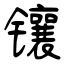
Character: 镶